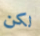
لكن